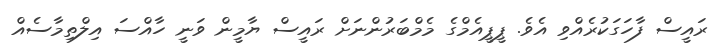
ރައީސް ފާހަގަކުރެއްވި އެވެ. ޕީޕީއެމްގެ މެމްބަރުންނަށް ރައީސް ޔާމީން ވަނީ ހާއްސަ އިލްތިމާސެއް